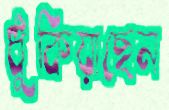
ধুঁকিয়াছেন